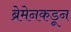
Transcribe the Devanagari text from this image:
ब्रेमेनकडून